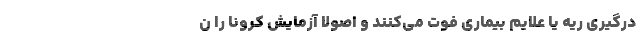
درگیری ریه یا علایم بیماری فوت می‌کنند و اصولاً آزمایش کرونا را ن